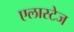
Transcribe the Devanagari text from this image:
एलास्टेज